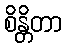
စိန္တိတာ